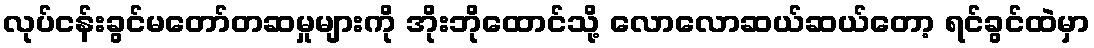
လုပ်ငန်းခွင်မတော်တဆမှုများကို အိုးဘိုထောင်သို့ လောလောဆယ်ဆယ်တော့ ရင်ခွင်ထဲမှာ